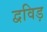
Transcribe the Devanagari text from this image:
द्वविड़